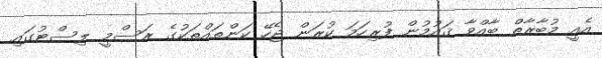
އެއީ މުބާރާތް ބާއްވާ ޤައުމުން ފުރިހަމަ ކުރަން ޖެހޭ ކަންތައްތަކުގެ ރަސްމީ ލިސްޓުގައި